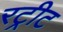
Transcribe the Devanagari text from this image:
रट्रीट